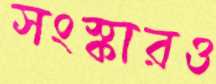
সংস্কারও